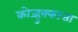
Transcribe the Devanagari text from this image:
कोज्हुक्कात्ता